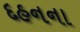
દહનના